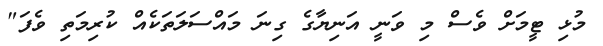
މުޅި ޓީމަށް ވެސް މި ވަނީ އަނިޔާގެ ގިނަ މައްސަލަތަކެއް ކުރިމަތި ވެފަ"